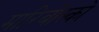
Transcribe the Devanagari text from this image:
मारिबोस्र्को